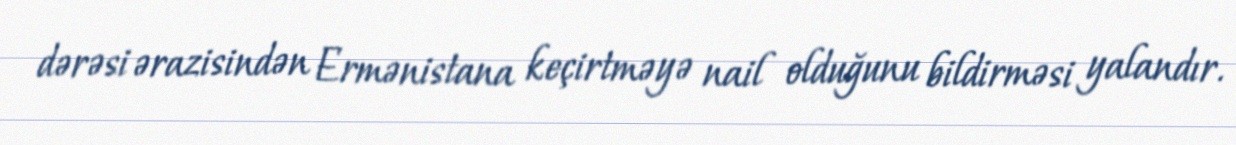
dərəsi ərazisindən Ermənistana keçirtməyə nail olduğunu bildirməsi yalandır.